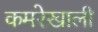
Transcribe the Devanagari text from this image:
कमरेखाली